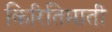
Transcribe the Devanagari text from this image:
किरितिमाती